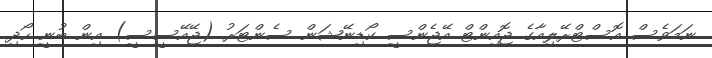
ނަމަވެސް އޮސްޓްރޭލިއާގެ ޖޮއިންޓް އޭޖެންސީ ކޯޑިނޭޝަން ސެންޓަރު (ޖޭއޭސީސީ) އިން ބުނީ ހޯދި